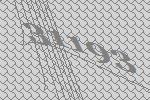
31193